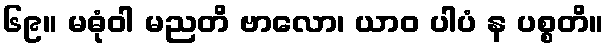
၆၉။ မဓုံဝါ မညတိ ဗာလော၊ ယာဝ ပါပံ န ပစ္စတိ။